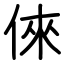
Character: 倈